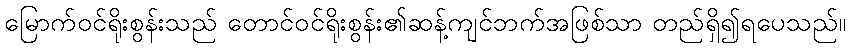
မြောက်ဝင်ရိုးစွန်းသည် တောင်ဝင်ရိုးစွန်း၏ဆန့်ကျင်ဘက်အဖြစ်သာ တည်ရှိ၍ရပေသည်။